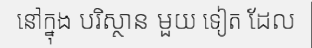
នៅក្នុង បរិស្ថាន មួយ ទៀត ដែល